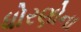
ધોરણોના